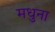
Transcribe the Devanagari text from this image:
मधुना